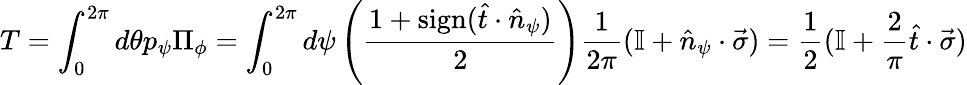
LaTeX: T=\int_{0}^{2\pi}d\theta p_{\psi}\Pi_{\phi}=\int_{0}^{2\pi}d\psi\left(\frac{1+\mathrm{sign}(\hat{t}\cdot\hat{n}_{\psi})}{2}\right)\frac{1}{2\pi}(\mathbb{I}+\hat{n}_{\psi}\cdot\vec{\sigma})=\frac{1}{2}(\mathbb{I}+\frac{2}{\pi}\hat{t}\cdot\vec{\sigma})